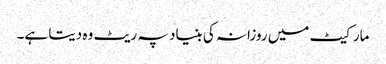
مارکیٹ میں روزانہ کی بنیاد پہ ریٹ وہ دیتا ہے۔